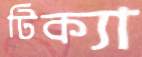
টিক্যা